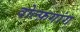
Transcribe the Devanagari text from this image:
वोल्फ़गांग